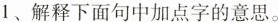
1、解释下面句中加点字的意思。